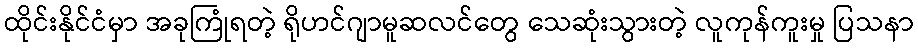
ထိုင်းနိုင်ငံမှာ အခုကြုံရတဲ့ ရိုဟင်ဂျာမူဆလင်တွေ သေဆုံးသွားတဲ့ လူကုန်ကူးမှု ပြသနာ